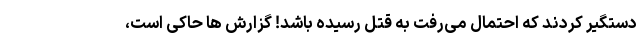
دستگیر کردند که احتمال می‌رفت به قتل رسیده باشد! گزارش ها حاکی است،